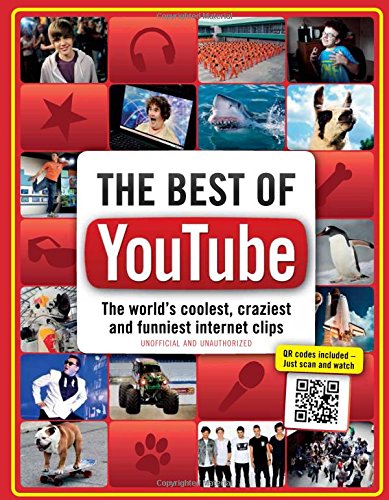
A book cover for The Best of YouTube: The World's Coolest, Craziest and Funniest Internet Clips; Adrian Besley; Humor & Entertainment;